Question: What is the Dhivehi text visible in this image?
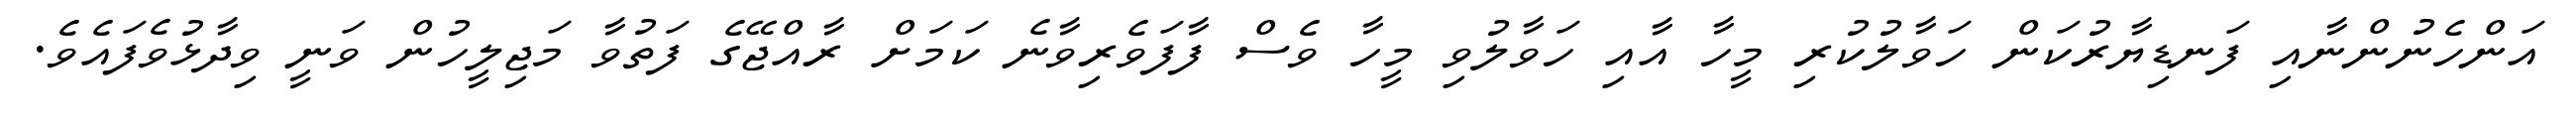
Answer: އަންހެނުންނާއި ފަނޑިޔާރުކަން ހަވާލުކުރި މީހާ އާއި ހަވާލުވި މީހާ ވެސް ފާފަވެރިވާނެ ކަމަށް ރާއްޖޭގެ ފަތުވާ މަޖިލީހުން ވަނީ ވިދާޅުވެފައެވެ.